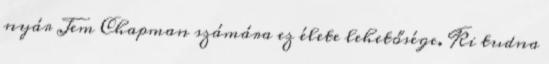
nyár Jem Chapman számára ez élete lehetősége. Ki tudna